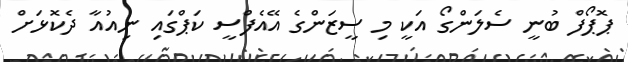
ޕޮޕޯފް ބުނީ ސެލަންގޯ އަކީ މި ސީޒަންގެ އޭއެފްސީ ކަޕްގައި ނިއުއާ ދެކޮޅަށް